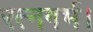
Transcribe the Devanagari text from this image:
रत्नगर्भ।